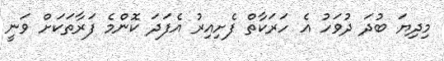
މިދިޔަ ބުދަ ދުވަހު އެ ހަރަކާތް ފެށިއިރު އެފަދަ ކޮންމެ ފަރާތަކަށް ވަނީ